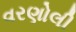
વરણોલી